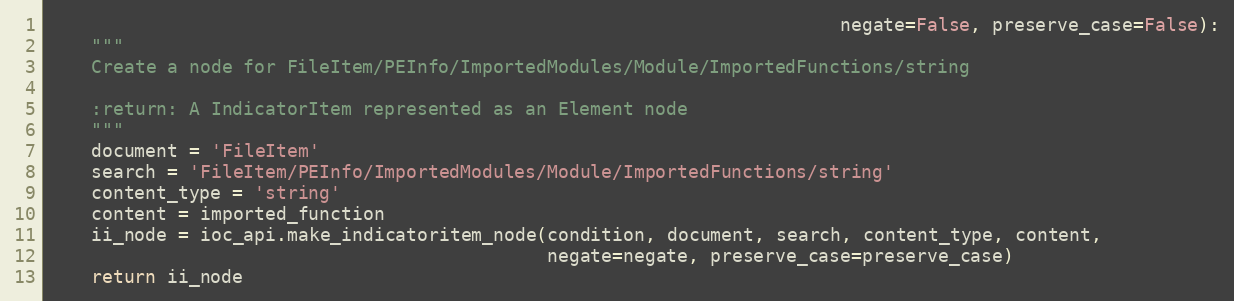
Language: Python
                                                                         negate=False, preserve_case=False):
    """
    Create a node for FileItem/PEInfo/ImportedModules/Module/ImportedFunctions/string

    :return: A IndicatorItem represented as an Element node
    """
    document = 'FileItem'
    search = 'FileItem/PEInfo/ImportedModules/Module/ImportedFunctions/string'
    content_type = 'string'
    content = imported_function
    ii_node = ioc_api.make_indicatoritem_node(condition, document, search, content_type, content,
                                              negate=negate, preserve_case=preserve_case)
    return ii_node